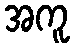
အကူ